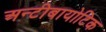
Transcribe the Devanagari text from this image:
अन्टीबायोटिक